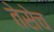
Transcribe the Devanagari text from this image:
तेसेच